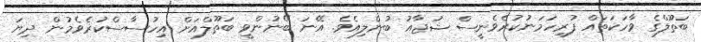
ބަތޫލްގެ ވާހަކަތައް ފުރިހަމަނުކުރެވެނީސް ޝުޖާއު ބުނެލިއެވެ. އޭނަ ބޭނުންވީ ބަތޫލްއަށް އިހުސާސްކުރެވެމުން ދިޔަ